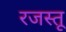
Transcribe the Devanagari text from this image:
रजस्तू